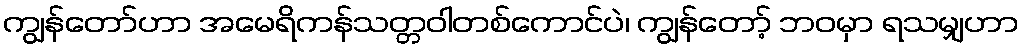
ကျွန်တော်ဟာ အမေရိကန်သတ္တဝါတစ်ကောင်ပဲ၊ ကျွန်တော့် ဘဝမှာ ရသမျှဟာ